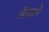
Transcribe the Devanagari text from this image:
लेंडलने